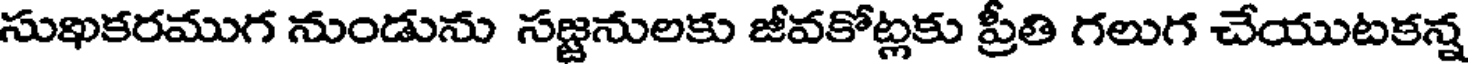
సుఖకరముగ నుండును సజ్జనులకు జీవకోట్లకు ప్రీతి గలుగ చేయుటకన్న